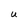
Character: U